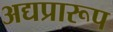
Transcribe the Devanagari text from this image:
अद्यप्रारूप